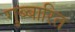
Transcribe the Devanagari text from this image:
गुब्बारित